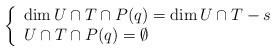
LaTeX: \begin{align*}\left\{\begin{array}{ll}\dim U\cap T \cap P(q) = \dim U\cap T -s & \\U\cap T \cap P(q)= \emptyset & \end{array}\right.\end{align*}